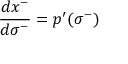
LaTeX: \: \frac { d x ^ { - } } { d \sigma ^ { - } } = p ^ { \prime } ( \sigma ^ { - } ) \: